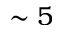
\sim 5